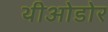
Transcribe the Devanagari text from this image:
थीओडोर